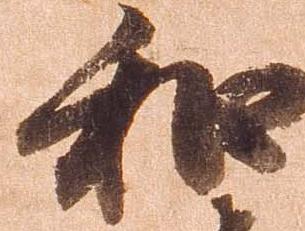
和